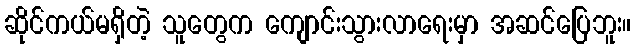
ဆိုင်ကယ်မရှိတဲ့ သူတွေက ကျောင်းသွားလာရေးမှာ အဆင်ပြေဘူး။